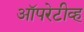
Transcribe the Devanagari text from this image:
ऑपरेटीव्ह